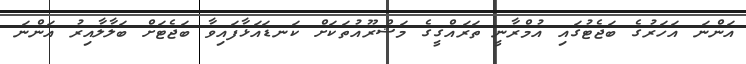
އަންނަ އަހަރުގެ ބަޖެޓުގައި އުމްރާނީ ތަރައްގީގެ މަޝްރޫއުތަކަށް ކަނޑައަޅާފައިވާ ބަޖެޓަށް ބަލާލާއިރު އަންނަ